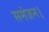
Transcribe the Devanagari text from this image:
समंजन।